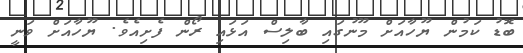
ބޮޑު ކަމުން ޔޫހާއަށް މޫނުގައި ބާލިސް އަޅައި ރޯން ފެށިއެވެ. ޔޫހާއަށް ވަނީ